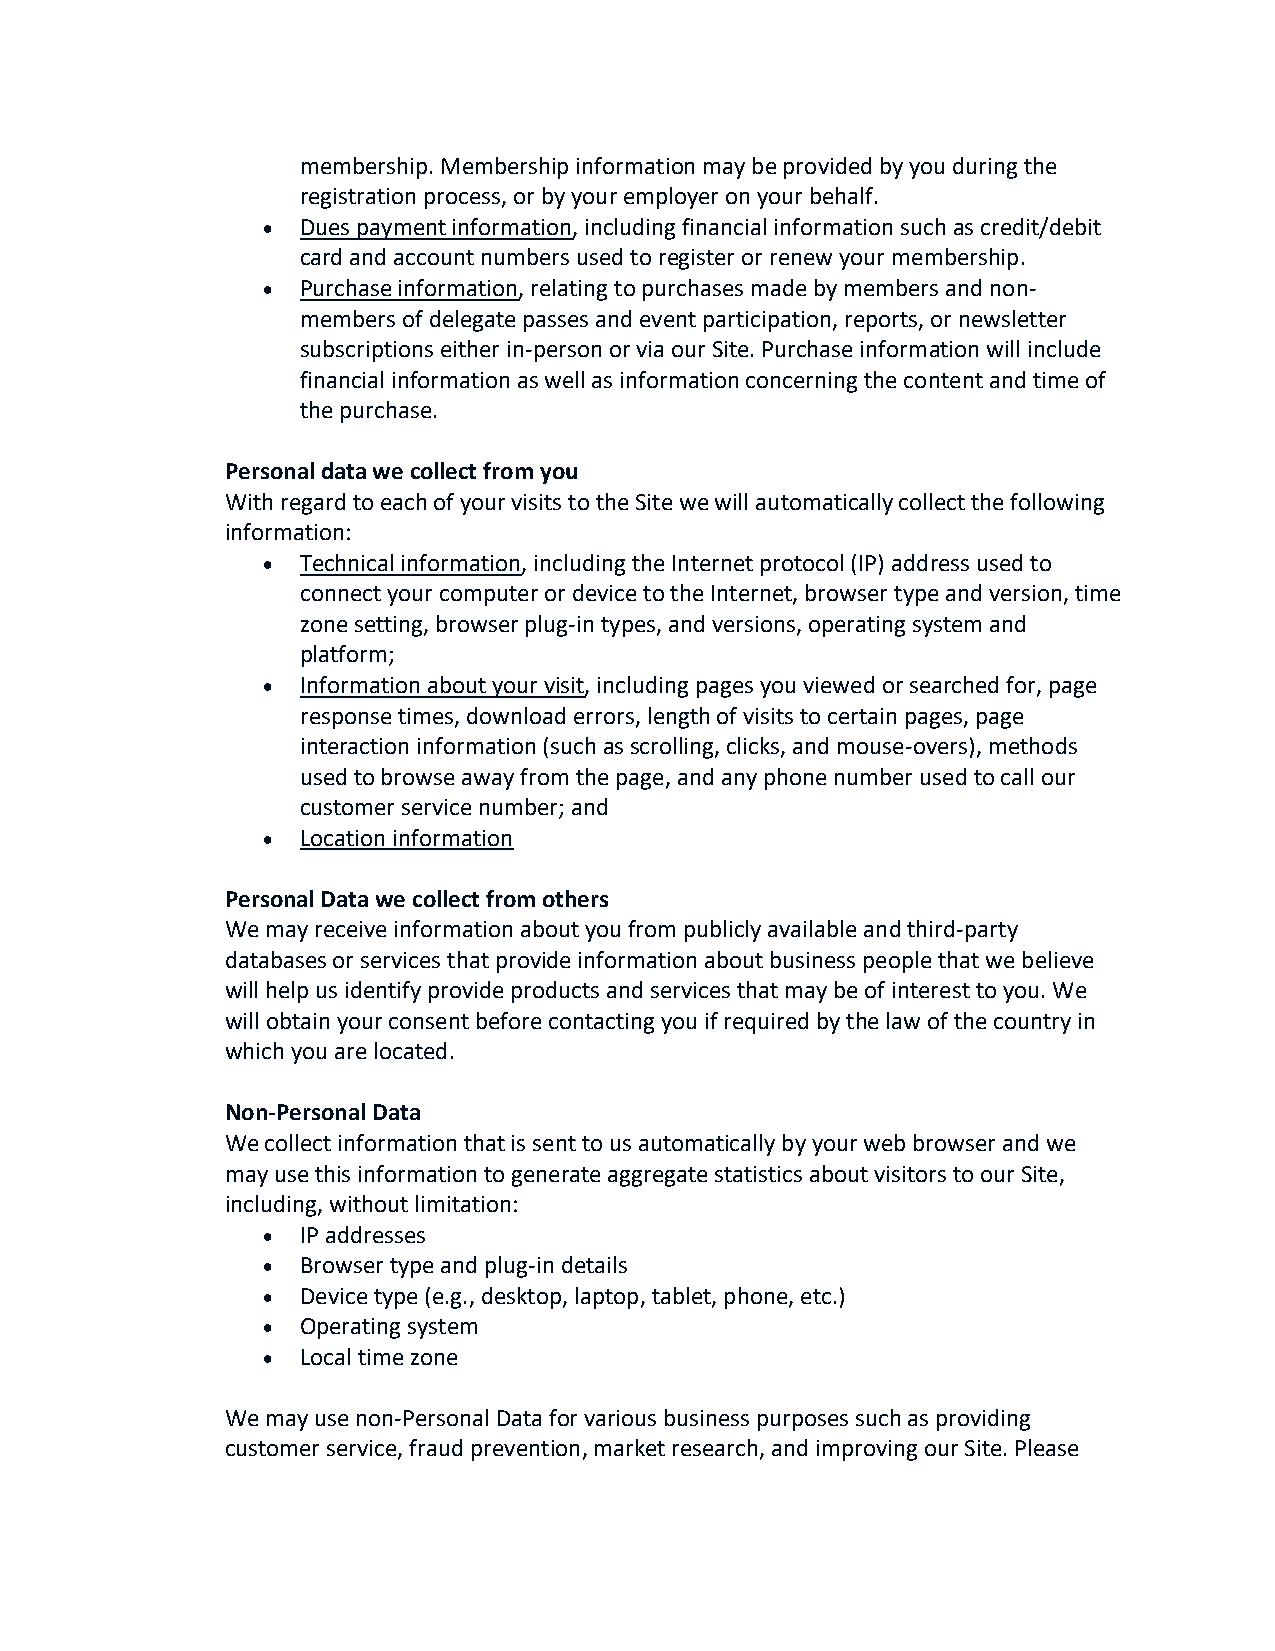
membership. Membership information may be provided by you during the
 registration process, or by your employer on your behalf.
   Dues payment information, including financial information such as credit/debit
 card and account numbers used to register or renew your membership.
   Purchase information, relating to purchases made by members and non‐
 members of delegate passes and event participation, reports, or newsletter
 subscriptions either in‐person or via our Site. Purchase information will include
 financial information as well as information concerning the content and time of
 the purchase.
 Personal data we collect from you
 With regard to each of your visits to the Site we will automatically collect the following
 information:
   Technical information, including the Internet protocol (IP) address used to
 connect your computer or device to the Internet, browser type and version, time
 zone setting, browser plug‐in types, and versions, operating system and
 platform;
   Information about your visit, including pages you viewed or searched for, page
 response times, download errors, length of visits to certain pages, page
 interaction information (such as scrolling, clicks, and mouse‐overs), methods
 used to browse away from the page, and any phone number used to call our
 customer service number; and
   Location information
 Personal Data we collect from others
 We may receive information about you from publicly available and third‐party
 databases or services that provide information about business people that we believe
 will help us identify provide products and services that may be of interest to you. We
 will obtain your consent before contacting you if required by the law of the country in
 which you are located.
 Non‐Personal Data
 We collect information that is sent to us automatically by your web browser and we
 may use this information to generate aggregate statistics about visitors to our Site,
 including, without limitation:
   IP addresses
   Browser type and plug‐in details
   Device type (e.g., desktop, laptop, tablet, phone, etc.)
   Operating system
   Local time zone
 We may use non‐Personal Data for various business purposes such as providing
 customer service, fraud prevention, market research, and improving our Site. Please